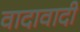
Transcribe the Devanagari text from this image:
वादावादी